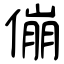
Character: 傰